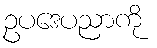
ဥပဒေပညာကို